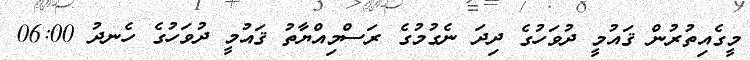
މީގެއިތުރުން ޤައުމީ ދުވަހުގެ ދިދަ ނެގުމުގެ ރަސްމިއްޔާތު ޤައުމީ ދުވަހުގެ ހެނދު 06:00